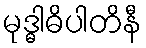
မုဒ္ဓါဓိပါတိနီ